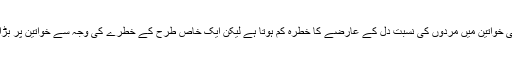
اگرچہ ہر عمر کی خواتین میں مردوں کی نسبت دل کے عارضے کا خطرہ کم ہوتا ہے لیکن ایک خاص طرح کے خطرے کی وجہ سے خواتین پر بڑا اثر پڑ سکتا ہے۔